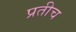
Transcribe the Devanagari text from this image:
प्रतीच